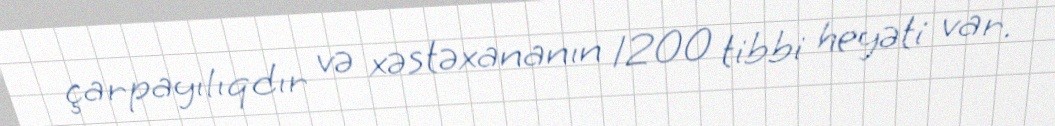
çarpayılıqdır və xəstəxananın 1200 tibbi heyəti var.